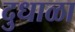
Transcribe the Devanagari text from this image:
दुधाळा